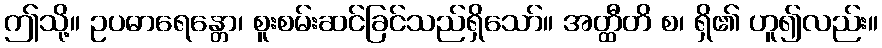
ဤသို့။ ဥပဓာရေန္တော၊ စူးစမ်းဆင်ခြင်သည်ရှိသော်။ အတ္ထီတိ စ၊ ရှိ၏ ဟူ၍လည်း။